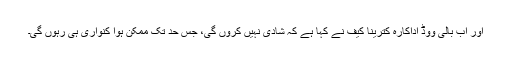
اور اب بالی ووڈ اداکارہ کترینا کیف نے کہا ہے کہ شادی نہیں کروں گی، جس حد تک ممکن ہوا کنواری ہی رہوں گی۔